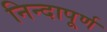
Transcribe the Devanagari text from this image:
निन्दापूर्ण